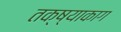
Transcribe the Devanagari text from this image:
तक्ष्याकाग